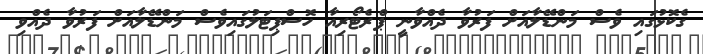
ގެކޮޅުގައި ވެސް މަންޑޭލާއަށް ފަރުވާ ދެއްވާނީ ޕްރެޓޯރިއާ ހޮސްޕިޓަލުގައިވެސް މަންޑޭލާއަށް ފަރުވާ ދެއްވި